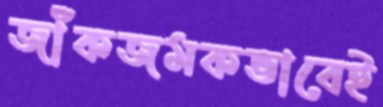
জাঁকজমকভাবেই